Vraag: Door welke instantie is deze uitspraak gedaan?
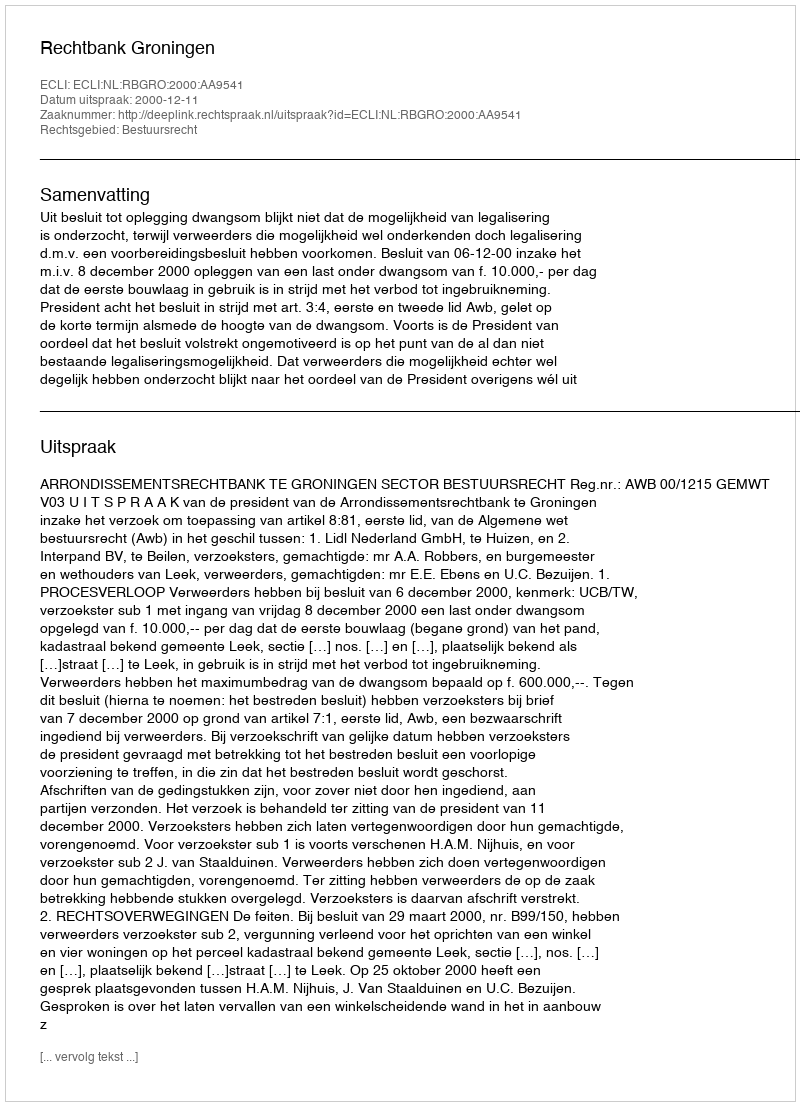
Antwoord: Rechtbank Groningen